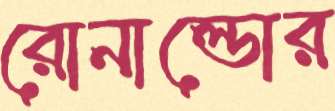
রোনাল্ডোর